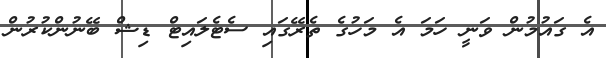
އެ ގައުމުން ވަނީ ހަމަ އެ މަހުގެ ތެރޭގައި ސެޓެލައިޓް ޑިޝް ބޭނުންކުރުން